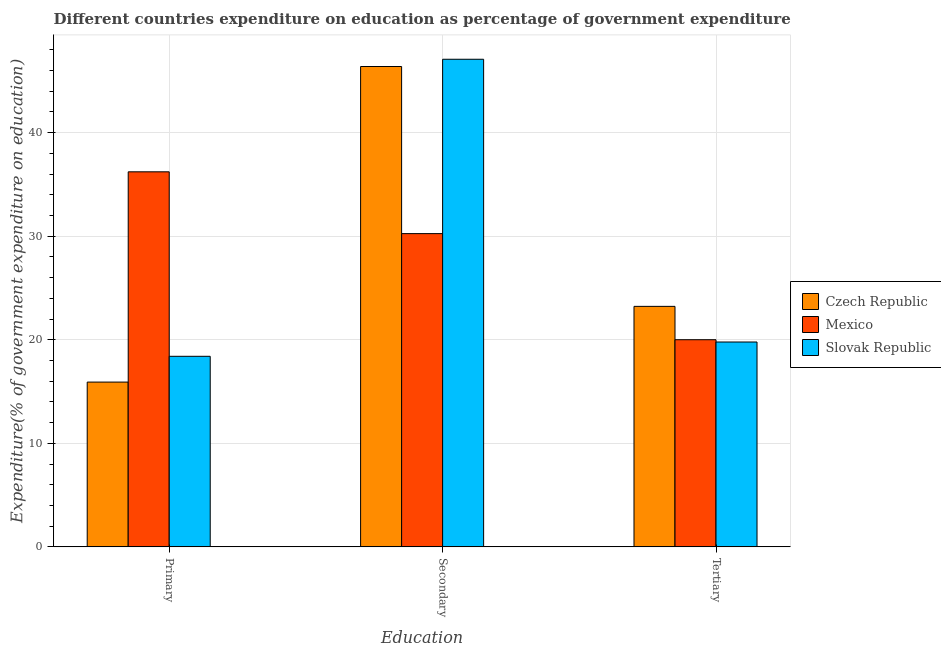
| Education | Czech Republic | Mexico | Slovak Republic |
 | --- | --- | --- | --- |
 | Primary | 15.9 | 36.2 | 18.4 |
 | Secondary | 46.4 | 30.2 | 47.1 |
 | Tertiary | 23.2 | 20 | 19.8 |